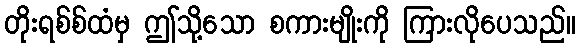
တိုးရစ်စ်ထံမှ ဤသို့သော စကားမျိုးကို ကြားလိုပေသည်။